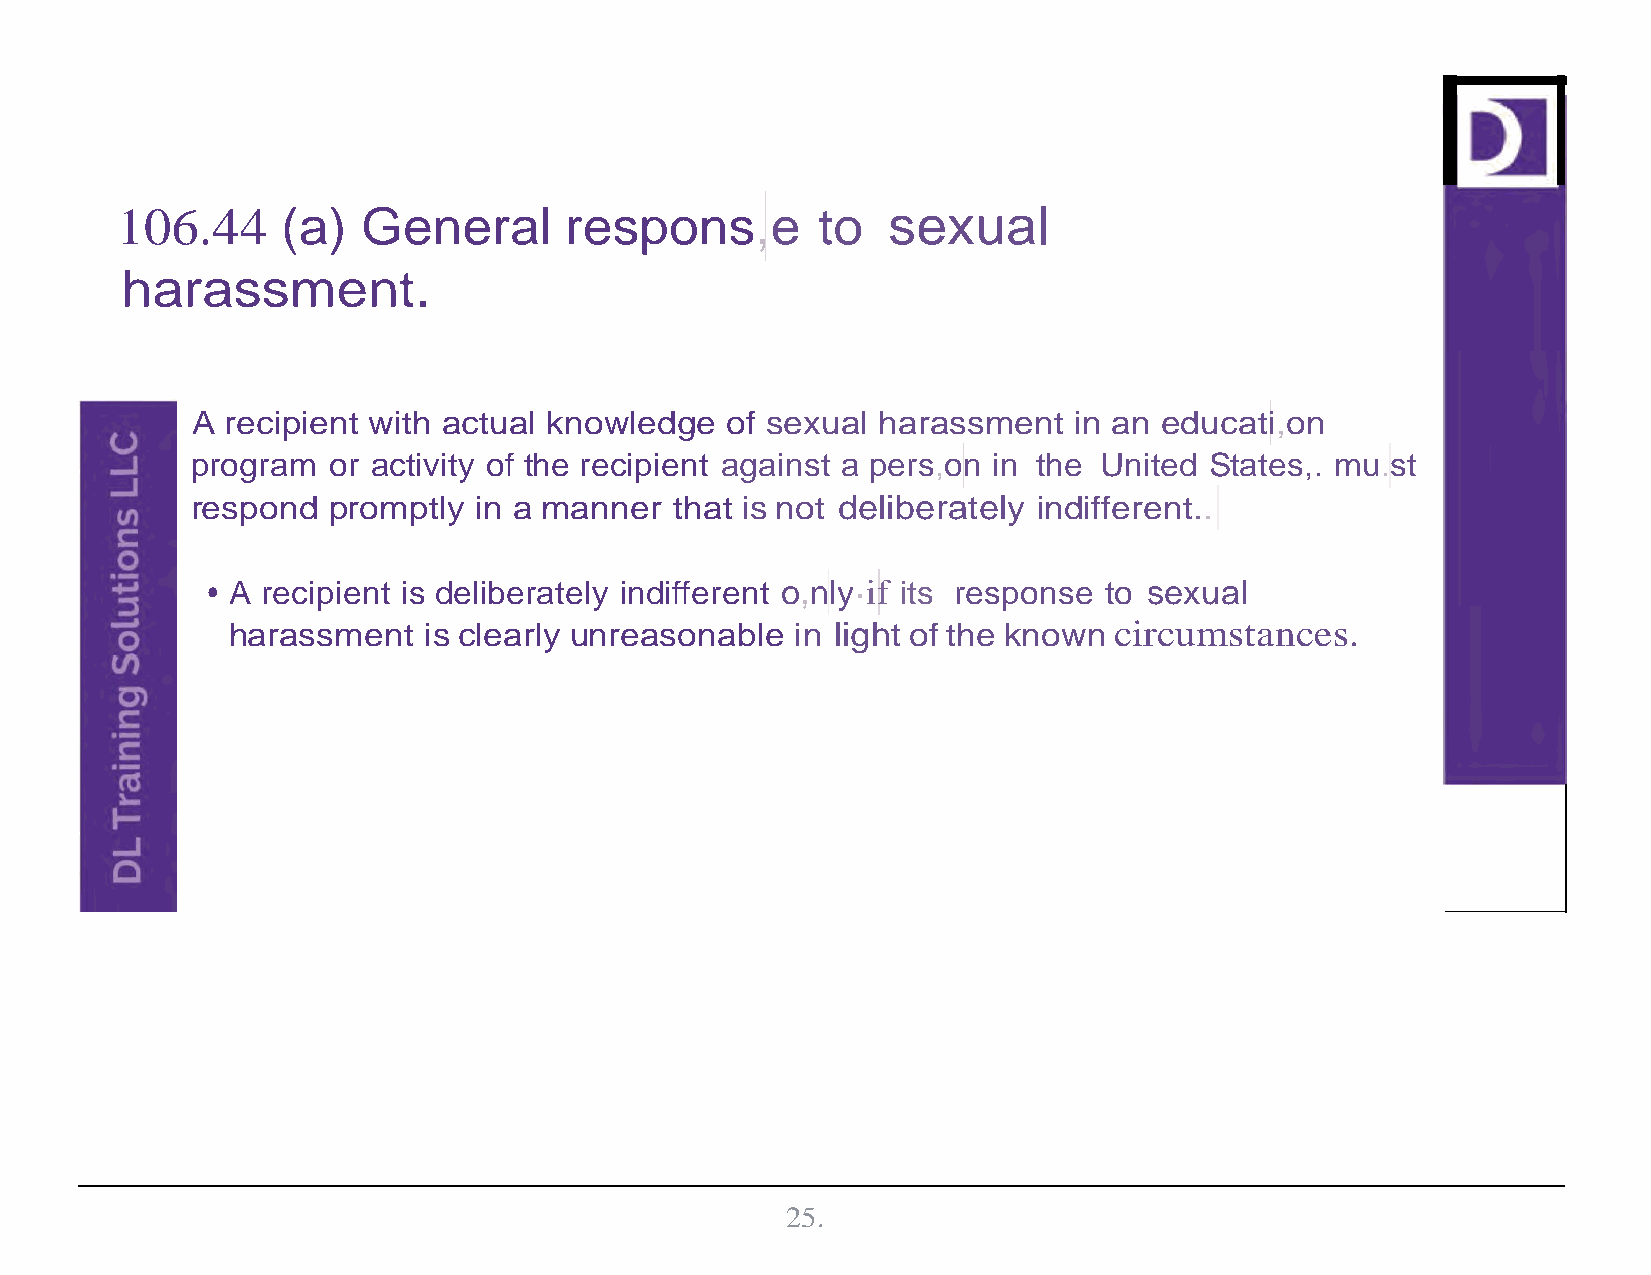
106.44     (a)  General      respons,e        to   sexual
 harassment.
 A recipient with actual knowledge  of sexual harassment   in an educati,on
 program  or activity of the recipient against a pers,on in the United States,. mu.st
 respond  promptly in a manner   that is not deliberately indifferent..
 • A recipient is deliberately indifferent o,nly·if its response to sexual
 harassment   is clearly unreasonable  in light of the known circumstances.
 25.